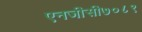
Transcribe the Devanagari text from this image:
एनजीसी७०८९